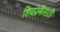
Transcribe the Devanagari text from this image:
शिवप्रेमीसाठी